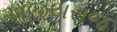
અજયરાજ